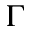
\Gamma